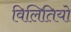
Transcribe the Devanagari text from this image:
विलितियो